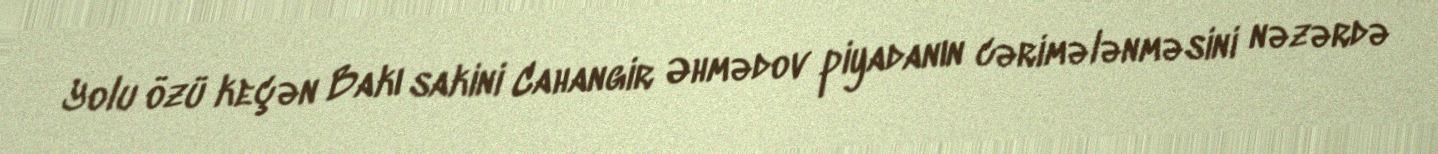
Yolu özü keçən Bakı sakini Cahangir Əhmədov piyadanın cərimələnməsini nəzərdə